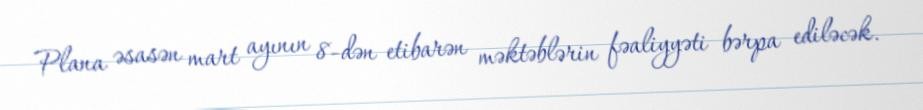
Plana əsasən mart ayının 8-dən etibarən məktəblərin fəaliyyəti bərpa ediləcək.